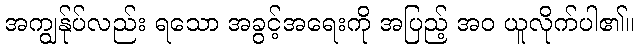
အကျွန်ုပ်လည်း ရသော အခွင့်အရေးကို အပြည့် အဝ ယူလိုက်ပါ၏။